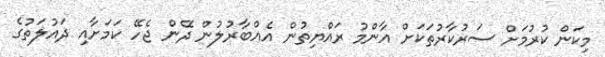
މިކަން ކުރުމަށް ސަރުކާރުތަކަށް އާންމު ރައްޔިތުން އެއްބާރުލުން ދޭން ޖެހޭ ކަމަށާއި ދައުލަތުގެ